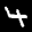
Label: 4